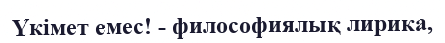
Үкімет емес! - философиялық лирика,